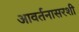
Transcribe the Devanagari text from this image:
आवर्तनासरशी